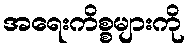
အရေးကိစ္စများကို